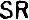
SR